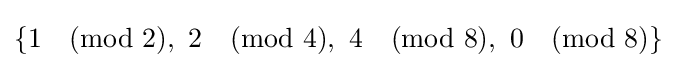
\{1{\pmod {2}},\ 2{\pmod {4}},\ 4{\pmod {8}},\ 0{\pmod {8}}\}